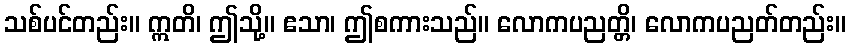
သစ်ပင်တည်း။ ဣတိ၊ ဤသို့။ ဧသာ၊ ဤစကားသည်။ လောကပညတ္တိ၊ လောကပညတ်တည်း။